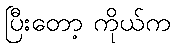
ပြီးတော့ ကိုယ်က